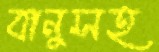
বানুসহ